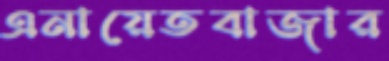
এনায়েতবাজার